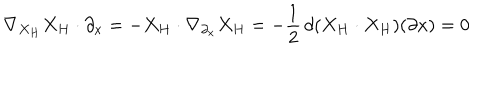
\nabla _ { X _ { H } } X _ { H } \cdot \partial _ { x } = - X _ { H } \cdot \nabla _ { \partial _ { x } } X _ { H } = - { \frac { 1 } { 2 } } \, d ( X _ { H } \cdot X _ { H } ) ( \partial x ) = 0